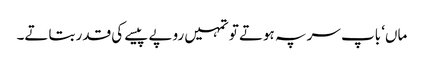
ماں‘ باپ سر پہ ہوتے تو تمہیں روپے پیسے کی قدر بتاتے۔